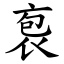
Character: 袌